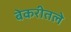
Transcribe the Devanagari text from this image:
बेकरीतले